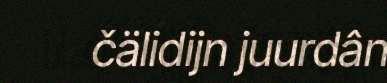
čälidijn juurdân